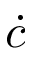
\dot { c }